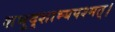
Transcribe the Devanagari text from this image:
शभुदृशाभ्यपश्मत्।